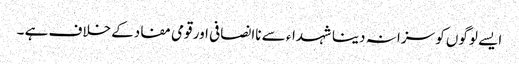
ایسے لوگوں کو سزا نہ دینا شہداء سے ناانصافی اور قومی مفادکے خلاف ہے ۔